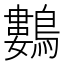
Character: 鷜